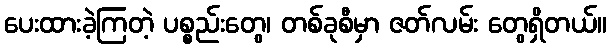
ပေးထားခဲ့ကြတဲ့ ပစ္စည်းတွေ၊ တစ်ခုစီမှာ ဇတ်လမ်း တွေရှိတယ်။